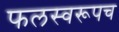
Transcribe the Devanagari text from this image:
फलस्वरूपच